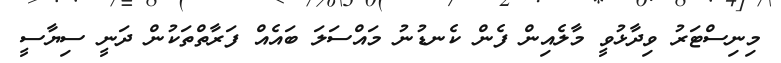
މިނިސްޓަރު ވިދާޅުވީ މާލެއިން ފެން ކެނޑުނު މައްސަލަ ބައެއް ފަރާތްތަކުން ދަނީ ސިޔާސީ